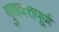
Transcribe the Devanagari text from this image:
गुणवत्तपूर्ण